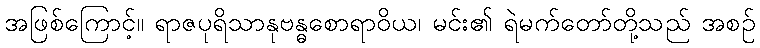
အဖြစ်ကြောင့်။ ရာဇပုရိသာနုဗန္ဓစောရာဝိယ၊ မင်း၏ ရဲမက်တော်တို့သည် အစဉ်